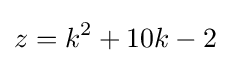
z=k^{2}+10k-2